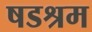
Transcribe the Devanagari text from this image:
षडश्रम